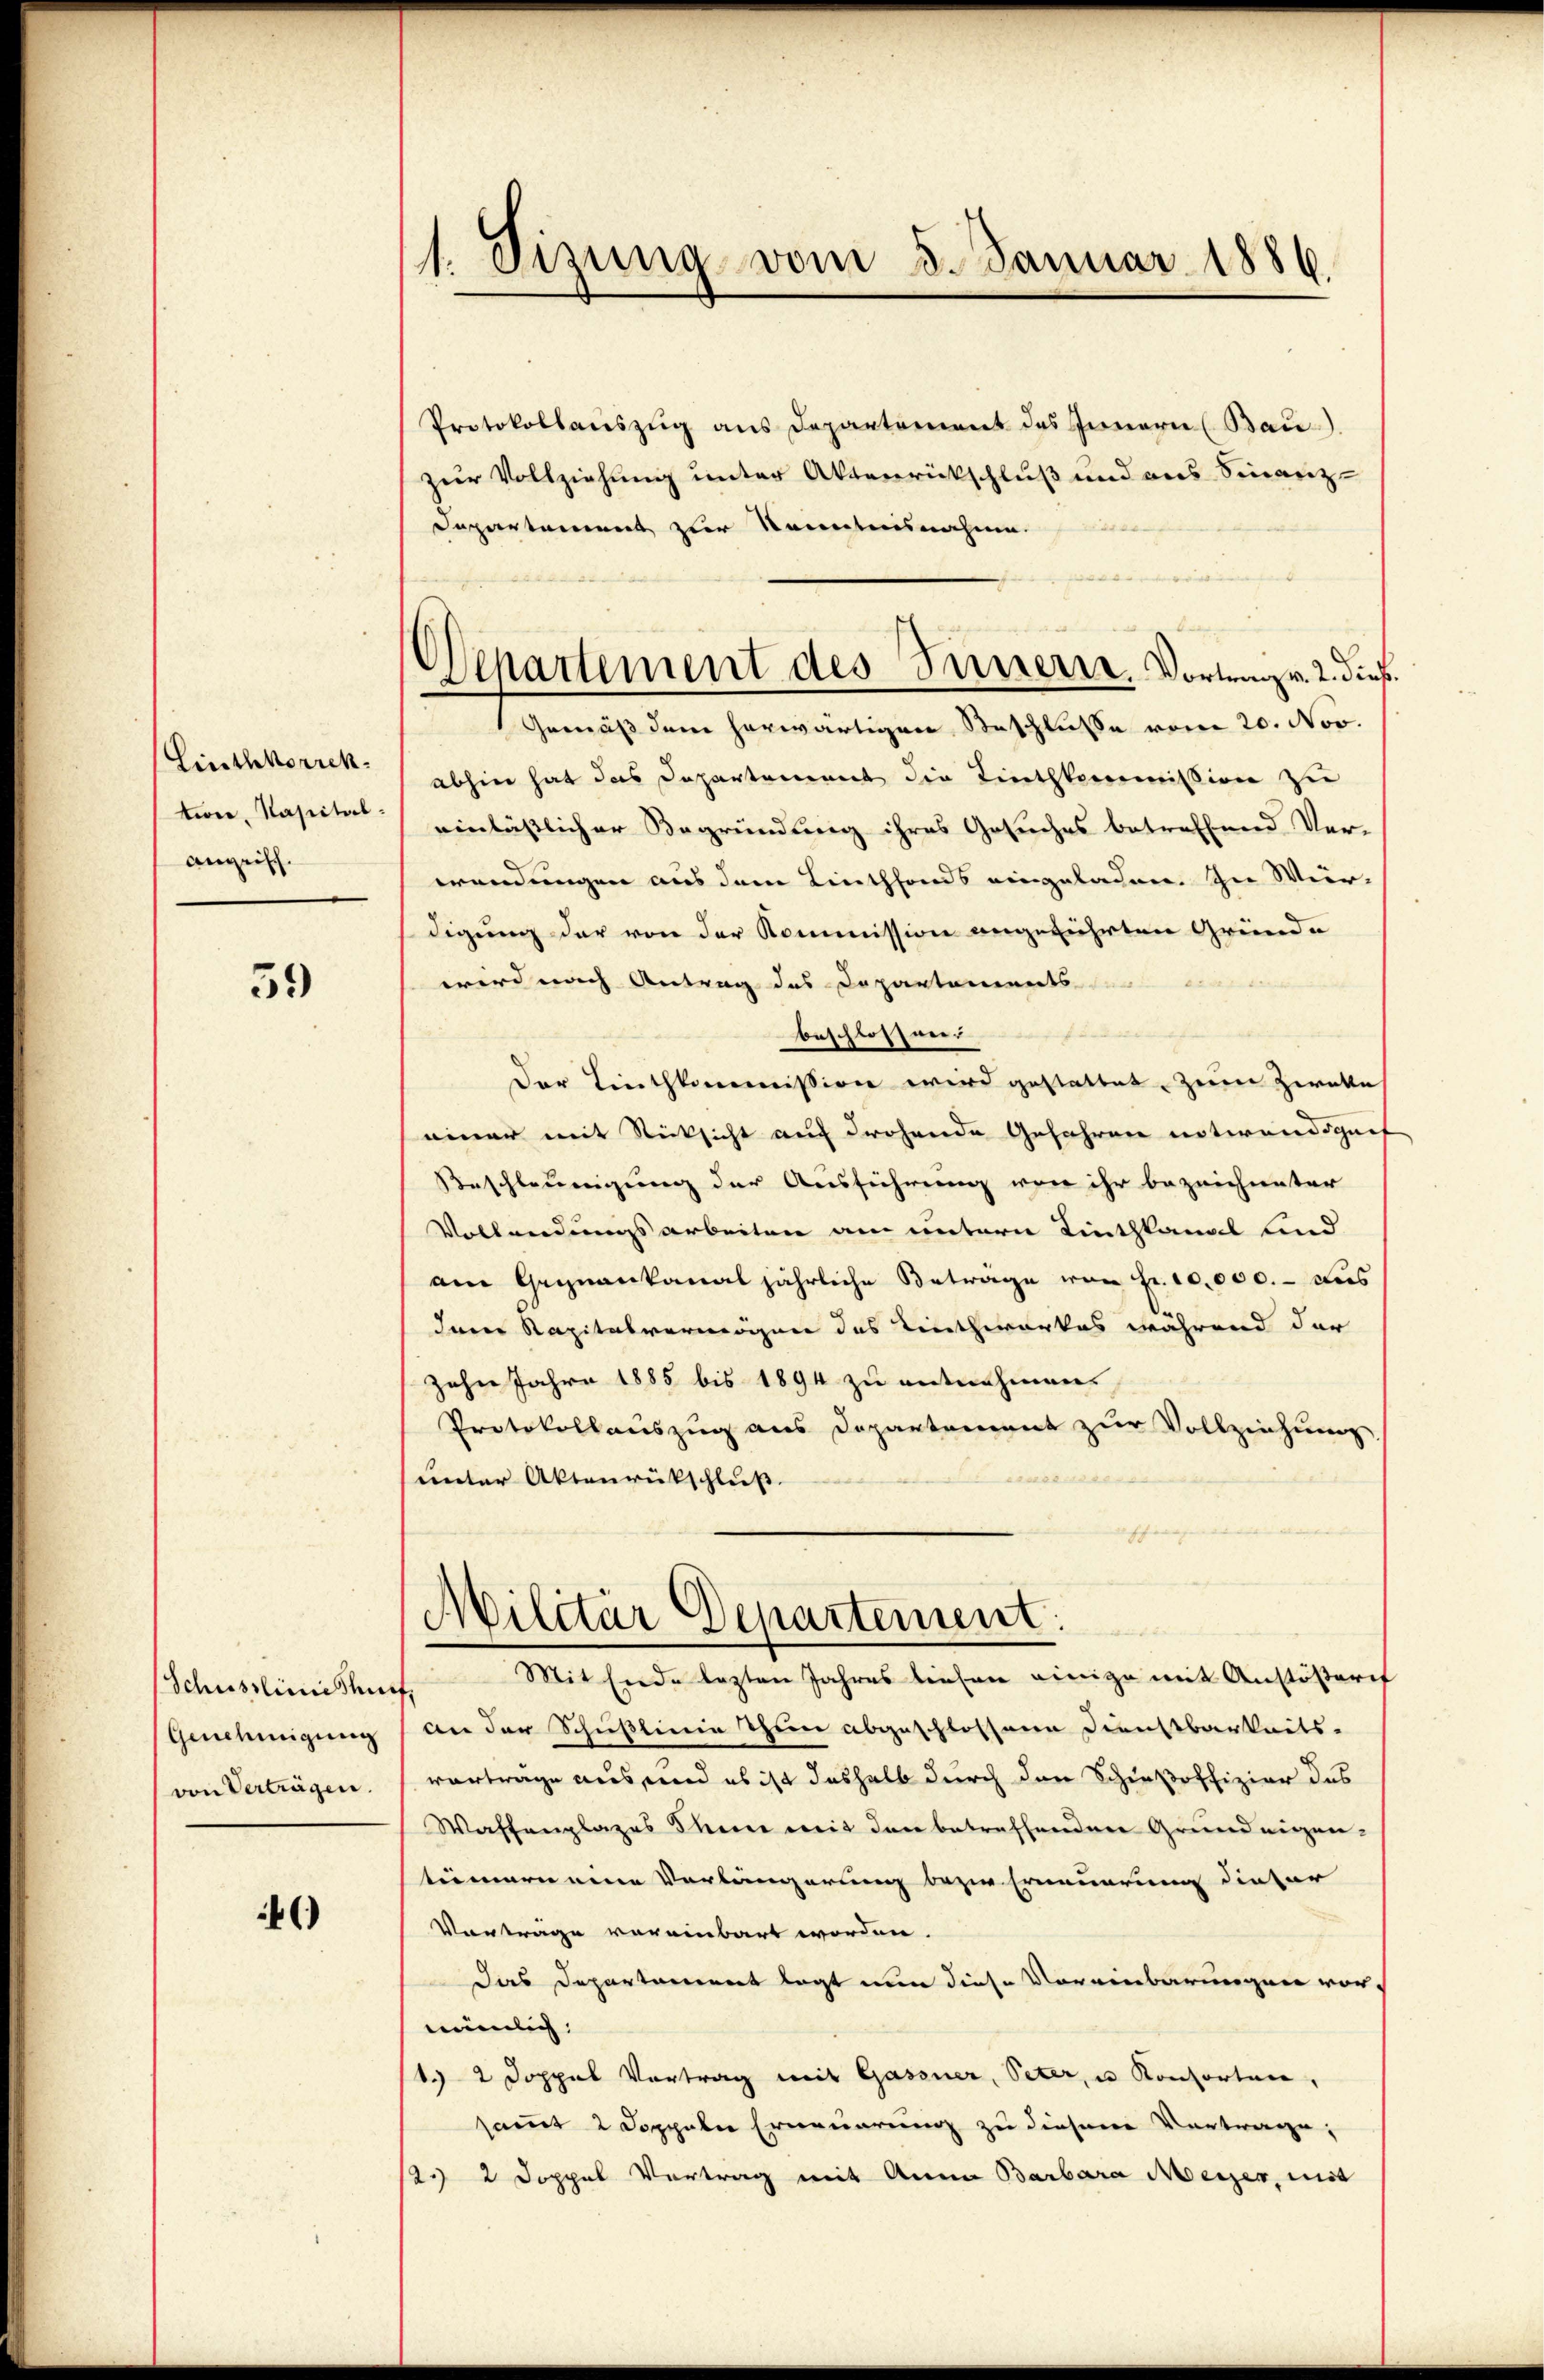
Linthkorrek
tion, Kapitalangrisch.

39

Genehmigung
von Verträgen.

)

1. Sizung vom 5. Januar 1886.

Protokollaŭszŭg ans Departement des Innern (Bau).
zur Vollziehung unter Aktenrückschluß und aus Finanz-
Dapartement zur Kenntnisnahme.
abhin hat das Departement die Linthkommission zu
einlässlicher Begründung ihres Gesuches betreffend Ver-
wendungen aus dem Linthfonds eingeladen. In Wür-
digung der von der Kommission angeführten Gründe
wird nach Antrag des Dopartements
beschlossen.
der Linthkommission wird gestattet. Zum Zweke
einer mit Rücksicht auf drohende Gefahren notwendigen
Beschleunigung der Ausführung von ihr bezeichneter
Vollendungsarbeiten am untern Linthkanal lind
am Gegnenkanal jährliche Beträge von Fr. 10,000. - Dies
den Kapitalvermögen des Linthwerkes während der
zehn Jahre 1885 bis 1894 zu entnehmens
Protokollauszug aus Departement zur Vollziehung
emessens
unter Aktenrückschluß.
aschien
Militär Departement.
Schusslinie tit. Mit Ende lezten Jahres liefen einige mit Anstöβeris
an der Schußlinie thun abgeschlossene Dienstbarkeits-
vorträge aus und es ist deshalb durch den Schießoffizier des
Waffenplazes There mit den betreffenden Grundeigen-
tümern eine Verlängerung bezw. Erneuerung dieser
Vorträge vereinbart worden.
Das Departement legt nun diese Voreinbarungen vornümlich
13 2 Doppel Vortrag mit Gassner, Peter, u. Kontorten,
samt 2 Doppeler Erneuerung zu diesem Vortrage,
2. 2 Doppel Vertrag mit Anna Barbara Meyer, und

Departement des Innerer. Vortrag v. 2. dies
Gemäß dem herwärtigen Beschlusse vom 20. Nov.